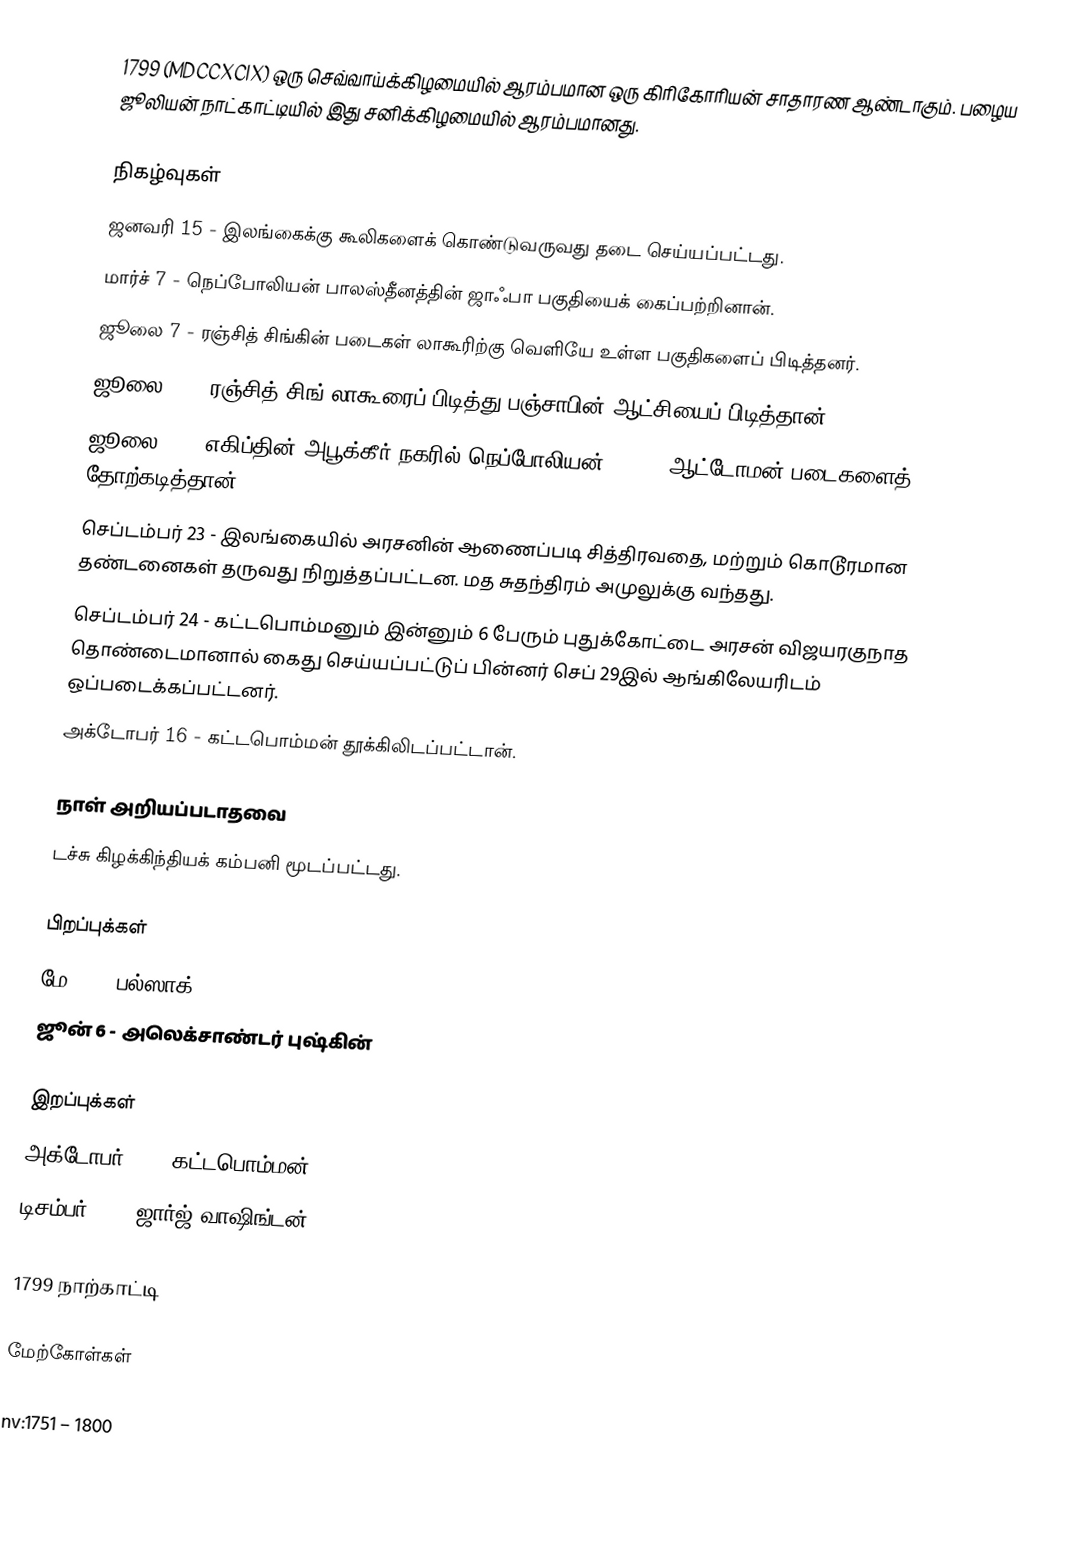
1799 (MDCCXCIX) ஒரு செவ்வாய்க்கிழமையில் ஆரம்பமான ஒரு கிரிகோரியன் சாதாரண ஆண்டாகும். பழைய ஜூலியன் நாட்காட்டியில் இது சனிக்கிழமையில் ஆரம்பமானது.

நிகழ்வுகள்
 ஜனவரி 15 - இலங்கைக்கு கூலிகளைக் கொண்டுவருவது தடை செய்யப்பட்டது.
 மார்ச் 7 - நெப்போலியன் பாலஸ்தீனத்தின் ஜாஃபா பகுதியைக் கைப்பற்றினான்.
 ஜூலை 7 - ரஞ்சித் சிங்கின் படைகள் லாகூரிற்கு வெளியே உள்ள பகுதிகளைப் பிடித்தனர்.
 ஜூலை 12 - ரஞ்சித் சிங் லாகூரைப் பிடித்து பஞ்சாபின் ஆட்சியைப் பிடித்தான்.
 ஜூலை 25 - எகிப்தின் அபூக்கீர் நகரில் நெப்போலியன் 10,000 ஆட்டோமன் படைகளைத் தோற்கடித்தான்.
 செப்டம்பர் 23 - இலங்கையில் அரசனின் ஆணைப்படி சித்திரவதை, மற்றும் கொடூரமான தண்டனைகள் தருவது நிறுத்தப்பட்டன. மத சுதந்திரம் அமுலுக்கு வந்தது.
 செப்டம்பர் 24 - கட்டபொம்மனும் இன்னும் 6 பேரும் புதுக்கோட்டை அரசன் விஜயரகுநாத தொண்டைமானால் கைது செய்யப்பட்டுப் பின்னர் செப் 29இல் ஆங்கிலேயரிடம் ஒப்படைக்கப்பட்டனர்.
 அக்டோபர் 16 - கட்டபொம்மன் தூக்கிலிடப்பட்டான்.

நாள் அறியப்படாதவை
 டச்சு கிழக்கிந்தியக் கம்பனி மூடப்பட்டது.

பிறப்புக்கள்
 மே 20 - பல்ஸாக்
 ஜூன் 6 - அலெக்சாண்டர் புஷ்கின்

இறப்புக்கள்
 அக்டோபர் 16 - கட்டபொம்மன்
 டிசம்பர் 14 - ஜார்ஜ் வாஷிங்டன்

1799 நாற்காட்டி

மேற்கோள்கள்

nv:1751 – 1800